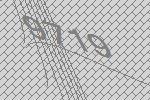
9719